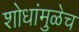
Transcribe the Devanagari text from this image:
शोधांमुळेच